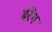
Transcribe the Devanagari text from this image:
बेरेंग